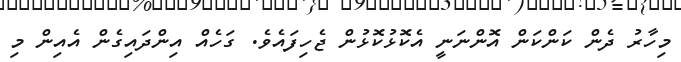
މިހާރު ދެން ކަންކަން އޮންނަނީ އެކޮޅުކޮޅުން ޖެހިފައެވެ. ގަހެއް އިންދައިގެން އެއިން މި